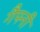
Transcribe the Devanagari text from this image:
गैफ्नी